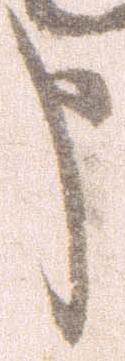
申